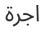
اجرة